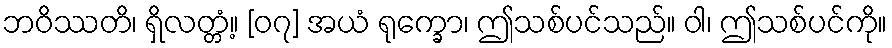
ဘဝိဿတိ၊ ရှိလတ္တံ့။ [၀၇] အယံ ရုက္ခော၊ ဤသစ်ပင်သည်။ ဝါ၊ ဤသစ်ပင်ကို။